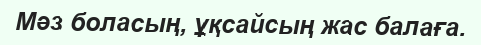
Мәз боласың, ұқсайсың жас балаға.